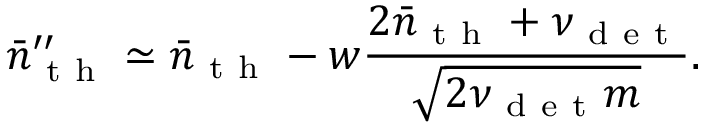
\bar { n } _ { \mathrm { ~ t ~ h ~ } } ^ { \prime \prime } \simeq \bar { n } _ { \mathrm { ~ t ~ h ~ } } - w \frac { 2 \bar { n } _ { \mathrm { ~ t ~ h ~ } } + \nu _ { \mathrm { ~ d ~ e ~ t ~ } } } { \sqrt { 2 \nu _ { \mathrm { ~ d ~ e ~ t ~ } } m } } .